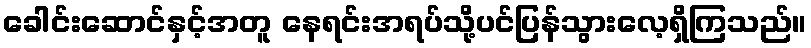
ခေါင်းဆောင်နှင့်အတူ နေရင်းအရပ်သို့ပင်ပြန်သွားလေ့ရှိကြသည်။